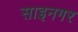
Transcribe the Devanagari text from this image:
साइनगर